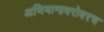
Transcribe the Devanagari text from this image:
अभियानाबरोबरच